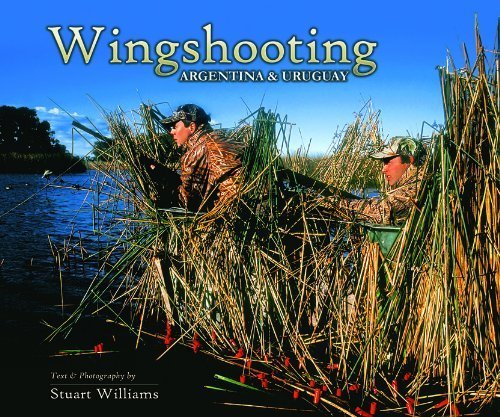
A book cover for Wingshooting Argentina & Uruguay (Volume 2); Stuart Williams; Travel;